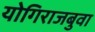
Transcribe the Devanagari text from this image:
योगिराजबुवा